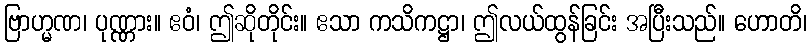
ဗြာဟ္မဏ၊ ပုဏ္ဏား။ ဧဝံ၊ ဤဆိုတိုင်း။ ဧသာ ကသိကဋ္ဌာ၊ ဤလယ်ထွန်ခြင်း အပြီးသည်။ ဟောတိ၊